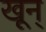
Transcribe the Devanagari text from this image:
खून्